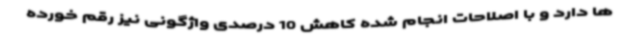
ها دارد و با اصلاحات انجام شده کاهش 10 درصدی واژگونی نیز رقم خورده